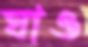
ঘাও